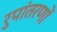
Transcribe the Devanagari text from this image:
रुपांतरणों